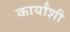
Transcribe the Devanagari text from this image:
कार्यांशी